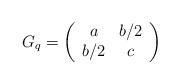
LaTeX: \begin{align*}G_q = \left(\begin{array}{c c}a & b/2\\b/2 & c\end{array}\right)\end{align*}